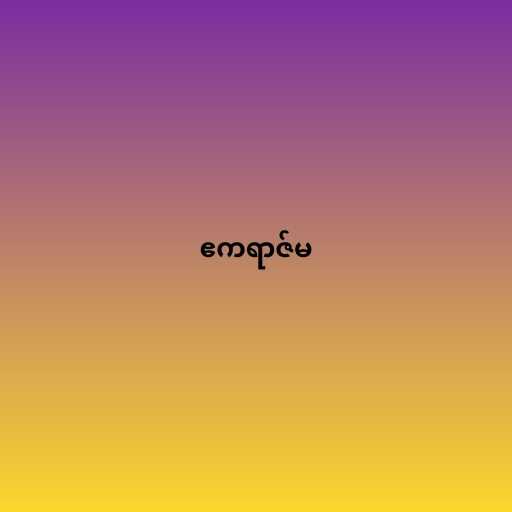
ဧကရာဇ်မ